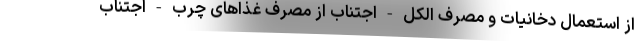
از استعمال دخانیات و مصرف الکل - اجتناب از مصرف غذاهای چرب - اجتناب